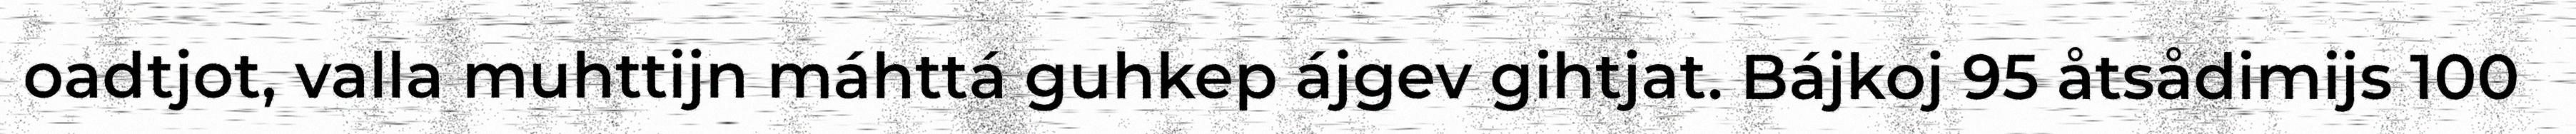
oadtjot, valla muhttijn máhttá guhkep ájgev gihtjat. Bájkoj 95 åtsådimijs 100